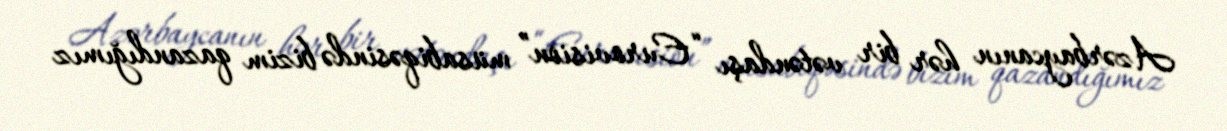
Azərbaycanın hər bir vətəndaşı “Eurovision” müsabiqəsində bizim qazandığımız